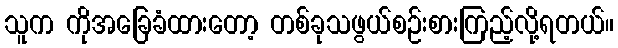
သူက ကိုအခြေခံထားတော့ တစ်ခုသဖွယ်စဉ်းစားကြည့်လို့ရတယ်။